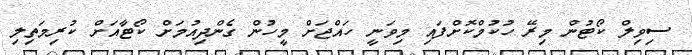
ސިވިލް ކޯޓުން މިރޭ ހުކުމްކޮށްފައި މިވަނީ ހައްޖަށް މީހުން ގެންދިއުމަށް ކޯޓާއަށް ކުރިމަތިލި